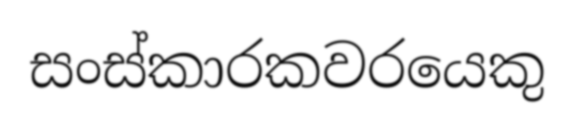
සංස්කාරකවරයෙකු